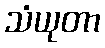
သံယုတာ